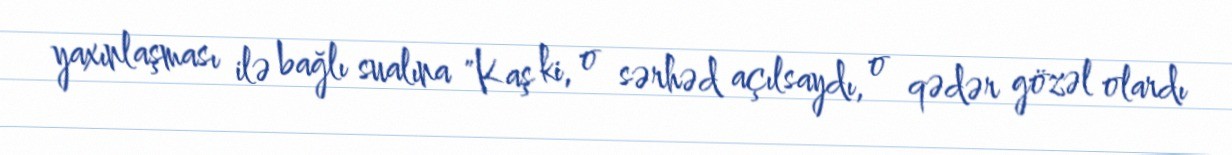
yaxınlaşması ilə bağlı sualına "Kaş ki, o sərhəd açılsaydı, o qədər gözəl olardı